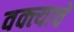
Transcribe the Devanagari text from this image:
वक्त्याचे